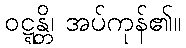
ဝဋ္ဋန္တိ၊ အပ်ကုန်၏။